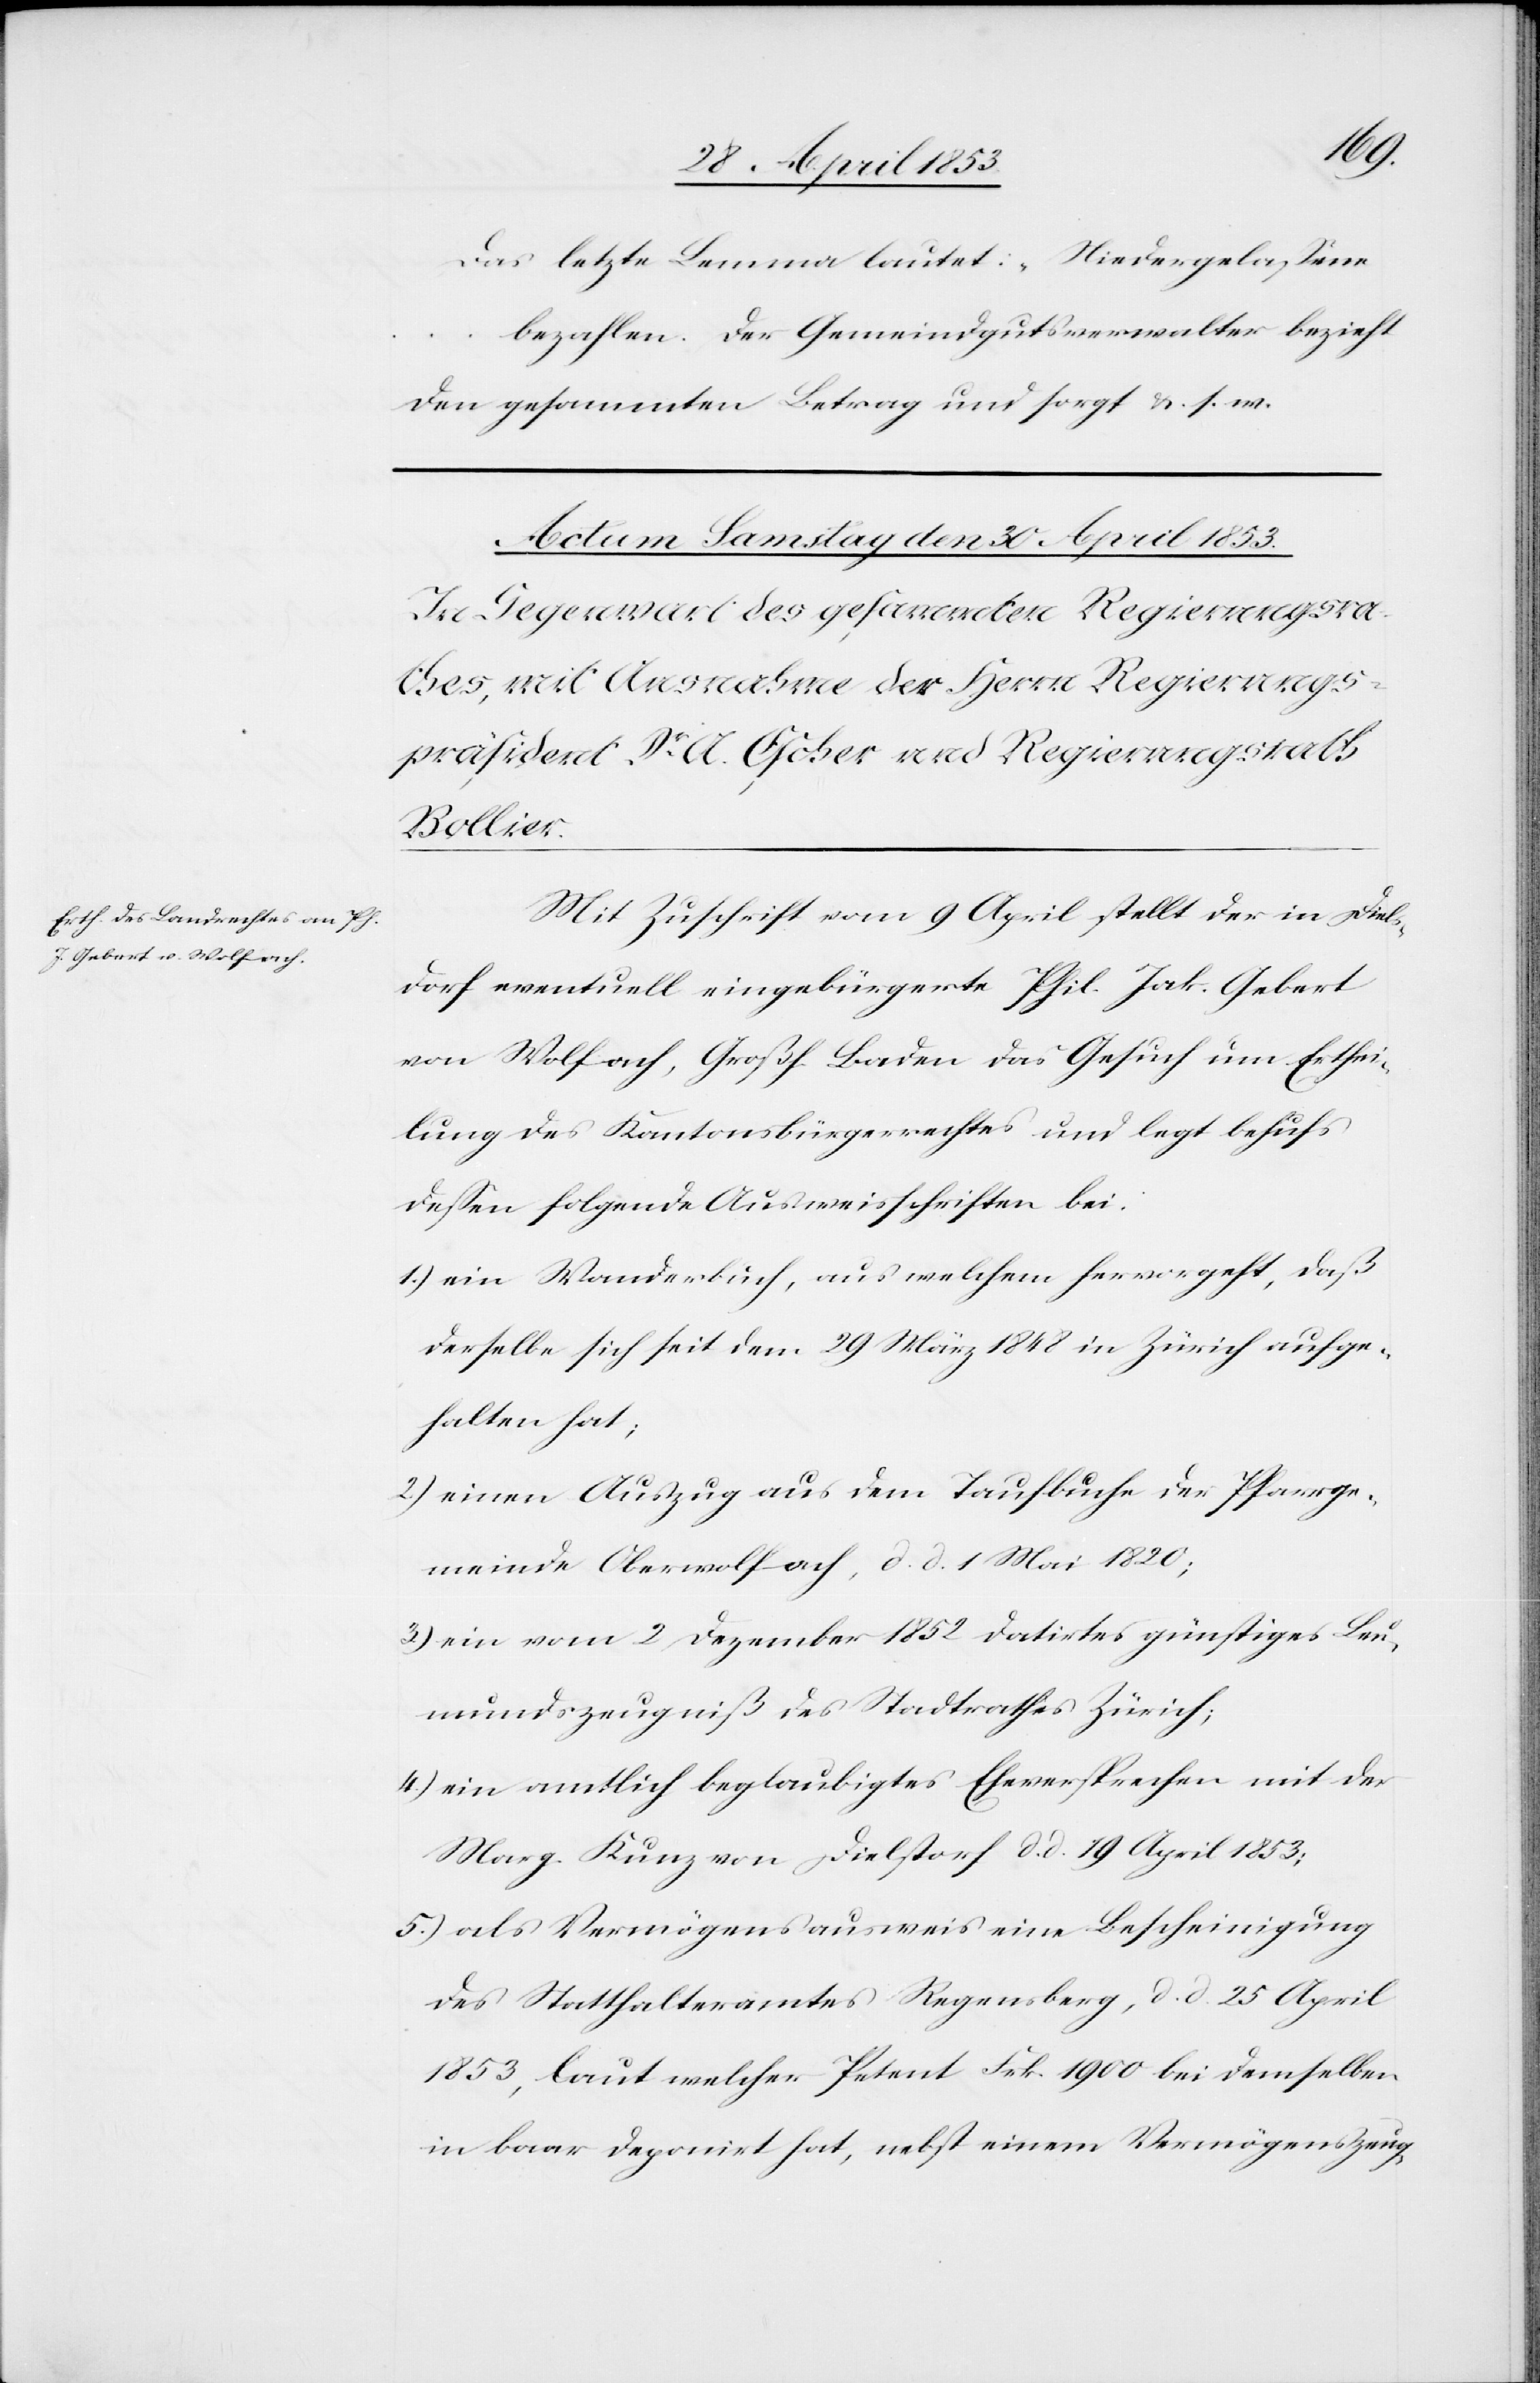
Das letzte Lemma lautet: „Niedergelaßene
bezahlen. Der Gemeindgutsverwalter bezieht
den gesammten Betrag und sorgt u. s. w.
Mit Zuschrift vom 9 April stellt der in Diel¬
sdorf eventuell eingebürgerte Phil. Jak. Gebert
von Wolfach, Großh. Baden das Gesuch um Erthei¬
lung des Kantonsbürgerrechtes und legt behufs
deßen folgende Ausweisschriften bei.
1.) ein Wanderbuch, aus welchem hervorgeht, daß
derselbe sich seit dem 29 März 1848 in Zürich aufge¬
halten hat;
2.) einen Auszug aus dem Taufbuche der Pfarrge¬
meinde Oberwolfach, d. d. 1 Mai 1820;
3.) ein vom 2 Dezember 1852 datirtes günstiges Leu¬
mundszeugniß des Stadtrathes Zürich;
4.) ein amtlich beglaubigtes Eheversprechen mit der
Marg. Kunz von Dielsdorf d. d. 19 April 1853;
5.) als Vermögensausweis eine Bescheinigung
des Statthalteramtes Regensberg, d. d. 25 April
1853, laut welchem Petent Frk. 1900 bei demselben
in baar deponirt hat, nebst einem Vermögenszeug-